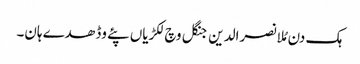
ہک دن مُلا نصرالدین جنگل وچ لکڑیاں پئے وڈھدے ہان۔